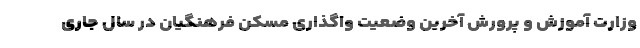
وزارت آموزش و پرورش آخرین وضعیت واگذاری مسکن فرهنگیان در سال جاری